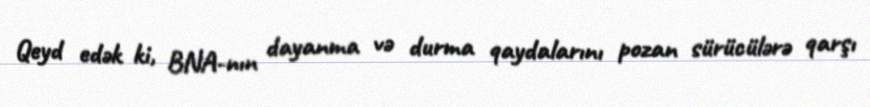
Qeyd edək ki, BNA-nın dayanma və durma qaydalarını pozan sürücülərə qarşı